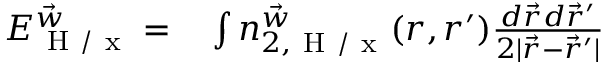
\begin{array} { r l } { E _ { \mathrm { ~ H ~ } / \mathrm { ~ x ~ } } ^ { \vec { w } } = } & { { } \int n _ { 2 , \mathrm { ~ H ~ } / \mathrm { ~ x ~ } } ^ { \vec { w } } ( \boldsymbol { r } , \boldsymbol { r } ^ { \prime } ) \frac { d \vec { r } d \vec { r } ^ { \prime } } { 2 | \vec { r } - \vec { r } ^ { \prime } | } } \end{array}